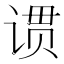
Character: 𬤆